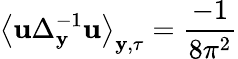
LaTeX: \left\langle\mathbf{u}\Delta_{\mathbf{{y}}}^{-1}\mathbf{u}\right\rangle_{\mathbf{{y}},\tau}=\frac{{-1}}{{8\pi^{2}}}